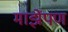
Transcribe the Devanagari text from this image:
माझेंपण